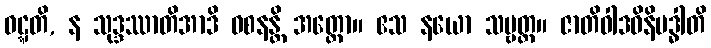
ဝဋ္ဋတိ, န သုဒ္ဒဿာတိအာဒိ ဝစနန္တိ အတ္ထော။ ဧသ နယော သဗ္ဗတ္ထ။ ဇာတိဝါဒဝိနိဗဒ္ဓါတိ